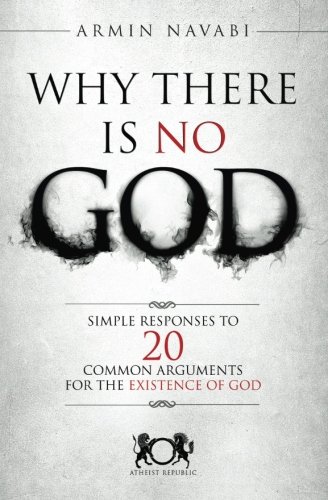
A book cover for Why There Is No God: Simple Responses to 20 Common Arguments for the Existence of God; Armin Navabi; Politics & Social Sciences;